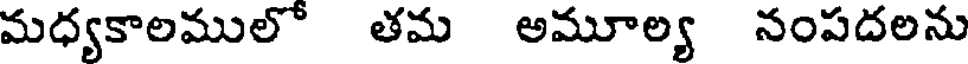
మధ్యకాలములో తమ అమూల్య నంపదలను